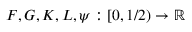
F , G , K , L , \psi : [ 0 , 1 / 2 ) \to \mathbb { R }